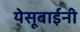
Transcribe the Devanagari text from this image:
येसूबाईनी